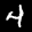
Label: 4